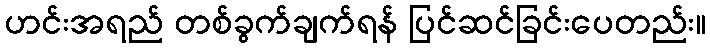
ဟင်းအရည် တစ်ခွက်ချက်ရန် ပြင်ဆင်ခြင်းပေတည်း။